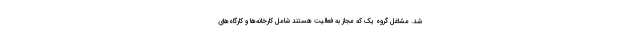
شد. مشاغل گروه یک که مجاز به فعالیت هستند شامل کارخانه‌ها و کارگاه‌های